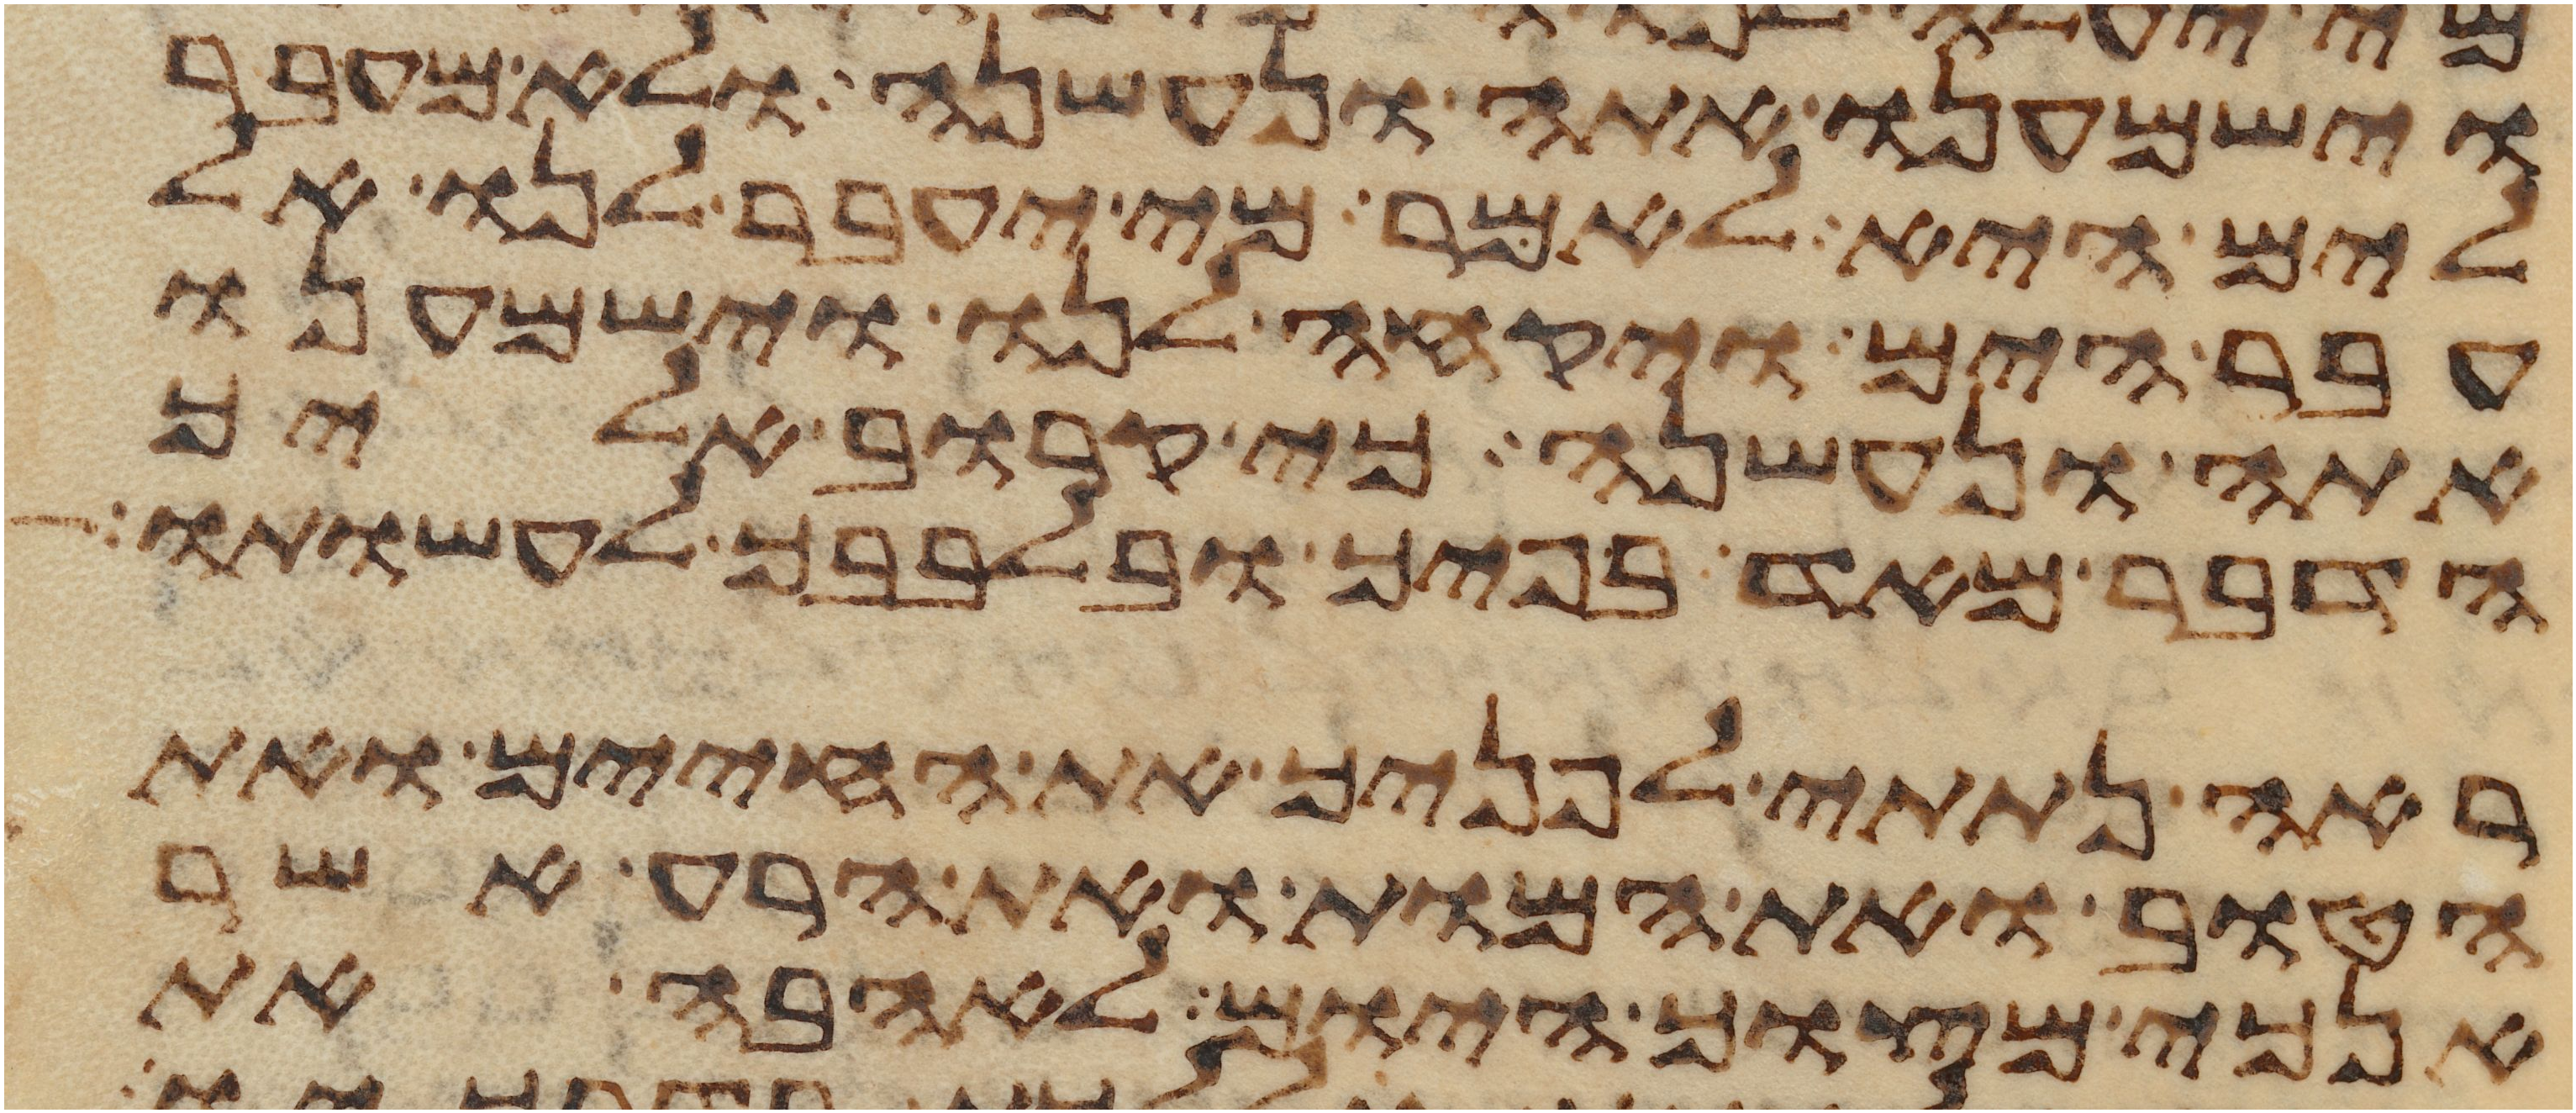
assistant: וישמענו אתה ונעשנה ולא מעבר
לים היא לאמר מי יעבר לנו אל
עבר הים ויקחה לנו וישמענו
אתה ונעשנה כי קרוב אליך
הדבר מאד בפיך ובלבבך לעשותו
ראה נתתי לפניך את החיים ואת
הטוב ואת המות ואת הרע אשר
אנכי מצוך היום לאהבה את